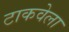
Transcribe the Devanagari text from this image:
टाकवेला